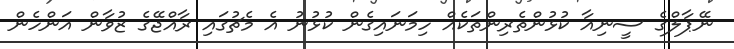
ނޭޕާލްގެ ސީނިއާ ކުޅުންތެރިންތަކެއް ހިމަނައިގެން ކުޅުނު އެ މެޗުގައި ރާއްޖޭގެ ޒުވާން އަންހެން